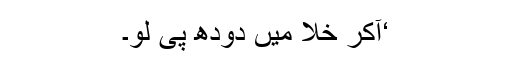
‘آکر خلا میں دودھ پی لو۔